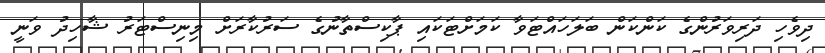
ދިވެހި ދަރިވަރުންގެ ކަންކަން ބަލަހައްޓަވާ ކަމަށްޓަކައި ޕާކިސްތާނުގެ ސަރުކާރަށް މިނިސްޓަރު ޝާހިދު ވަނީ